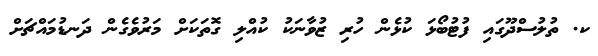
ކ. ތުލުސްދޫގައި ފުޓުބޯޅަ ކުޅެން ހުރި ޒުވާނަކު ކުއްލި ގޮތަކަށް މަރުވެގެން ދަނޑުމައްޗަށް